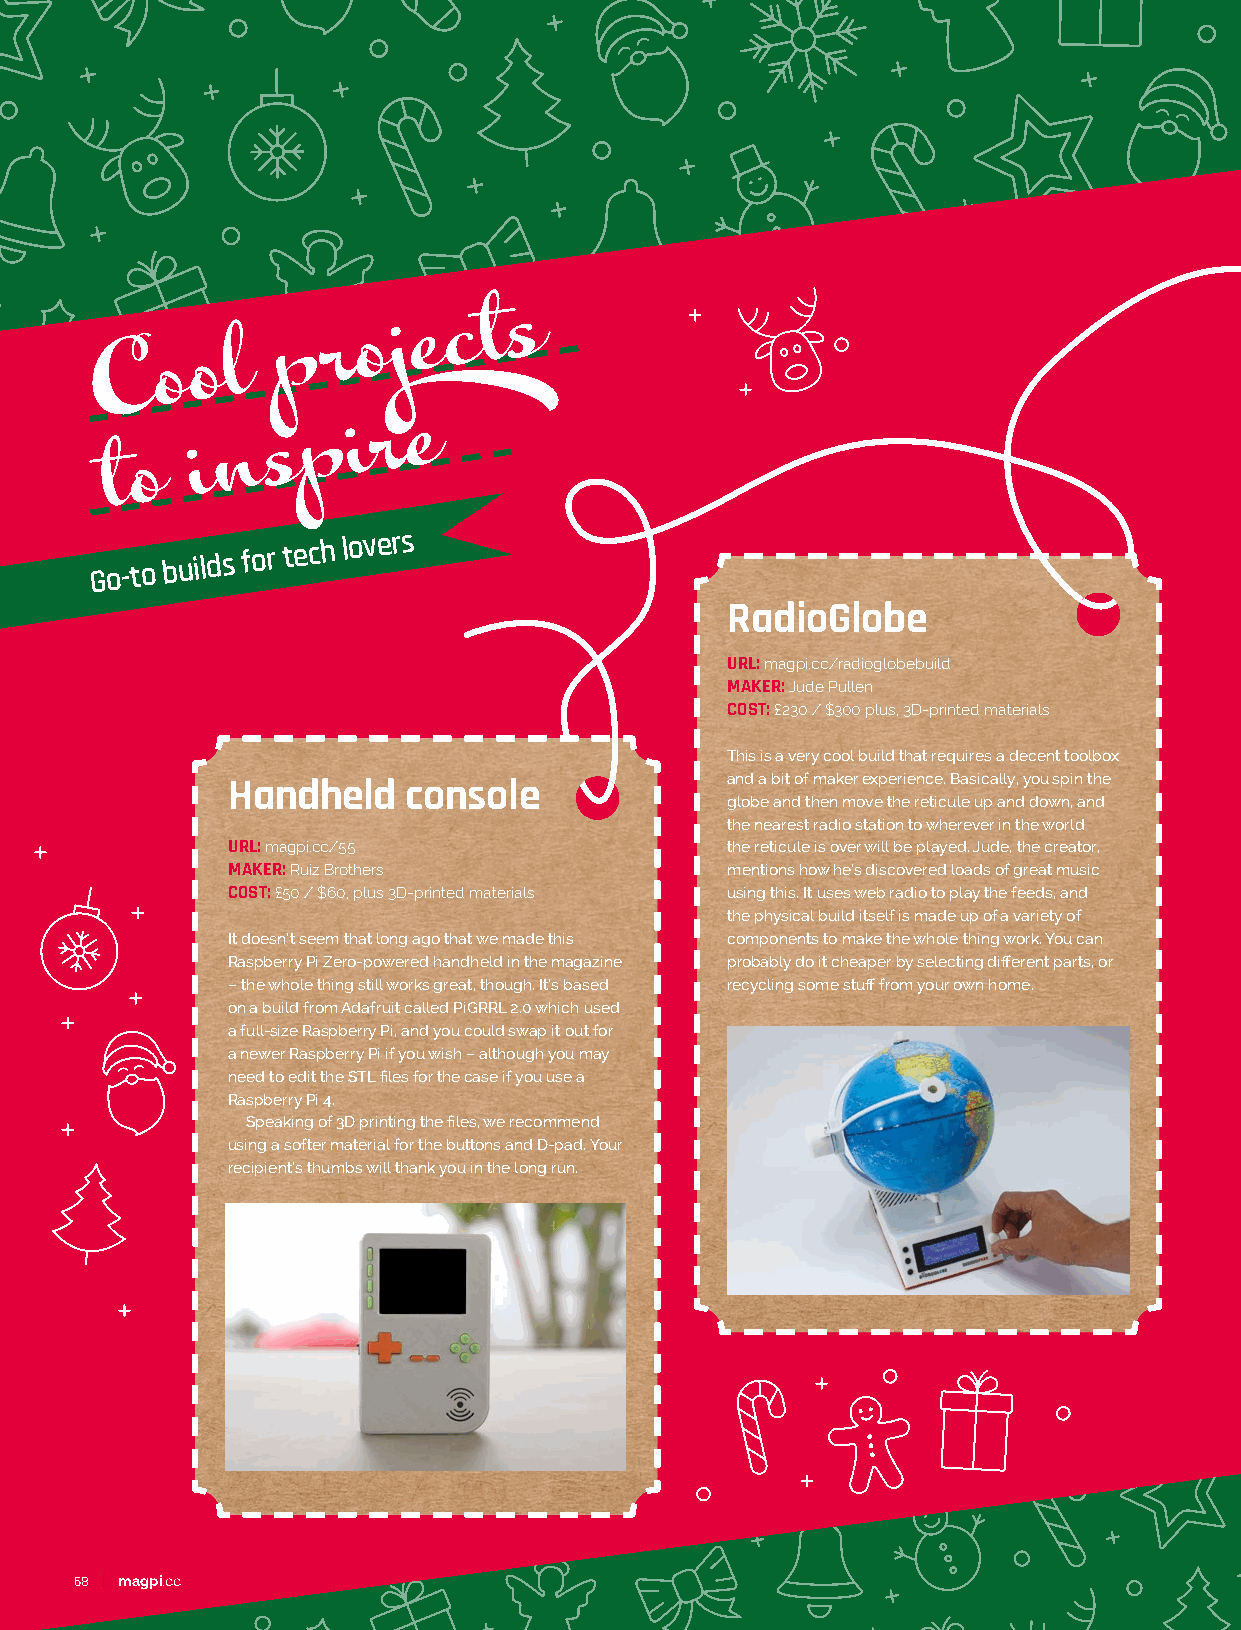
C   o  o l
 p  r  o j e c t s
 n   s p  i r e
 t o
 i
 Go-to
 builds for
 tech
 lovers
 RadioGlobe
 URL: magpi.cc/radioglobebuild
 MAKER: Jude Pullen
 COST: £230 / $300 plus, 3D-printed materials
 This is a very cool build that requires a decent toolbox
 and a bit of maker experience. Basically, you spin the
 Handheld    console
 globe and then move the reticule up and down, and
 the nearest radio station to wherever in the world
 URL: magpi.cc/55                 the reticule is over will be played. Jude, the creator,
 MAKER: Ruiz Brothers             mentions how he’s discovered loads of great music
 COST: £50 / $60, plus 3D-printed materials using this. It uses web radio to play the feeds, and
 the physical build itself is made up of a variety of
 It doesn’t seem that long ago that we made this components to make the whole thing work. You can
 Raspberry Pi Zero-powered handheld in the magazine probably do it cheaper by selecting different parts, or
 – the whole thing still works great, though. It’s based recycling some stuff from your own home.
 on a build from Adafruit called PiGRRL 2.0 which used
 a full-size Raspberry Pi, and you could swap it out for
 a newer Raspberry Pi if you wish – although you may
 need to edit the STL files for the case if you use a
 Raspberry Pi 4.
 Speaking of 3D printing the files, we recommend
 using a softer material for the buttons and D-pad. Your
 recipient’s thumbs will thank you in the long run.
 68 magpi.cc